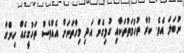
ނުބަލަ އެވެ. ކުރާ ތުހުމަތުތަކާއި ގުޅިގެން އަދި މިހާތަނަށް އެއްވެސް ތަހުގީގެއް ހިންގާ